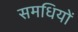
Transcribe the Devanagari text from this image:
समधियों